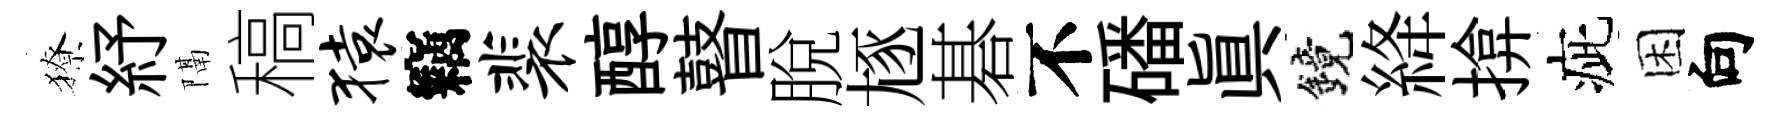
獠紓隔稿猿竊裴醇瞽脫豗碁不磻眞鏡絳揜疵困向